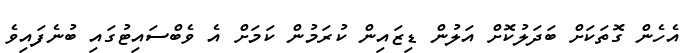
އެހެން ގޮތަކަށް ބަދަލުކޮށް އަލުން ޑިޒައިން ކުރަމުން ކަމަށް އެ ވެބްސައިޓުގައި ބުނެފައިވެ